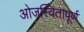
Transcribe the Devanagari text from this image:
ओजस्वितापूर्ण